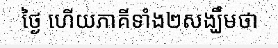
ថ្ងៃ ហើយភាគីទាំង២សង្ឃឹមថា